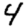
Digit: 4